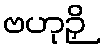
ဗဟုဉှိ